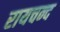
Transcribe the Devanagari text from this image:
रायचन्द